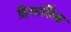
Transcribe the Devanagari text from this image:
हिसार्लिक